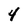
Character: 4